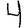
Digit: 4